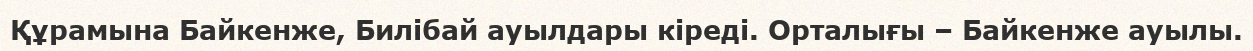
Құрамына Байкенже, Билібай ауылдары кіреді. Орталығы – Байкенже ауылы.